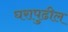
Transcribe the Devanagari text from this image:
घरापुढील